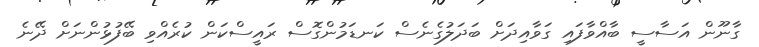
ގާނޫން އަސާސީ ބާއްވާފައި ގަވާއިދަށް ބަދަލުގެނެސް ކަނޑަމުންގޮސް ރައީސްކަން ކުރެއްވި ބޭފުޅުންނަށް ދޭނެ